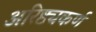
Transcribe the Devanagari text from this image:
अरिष्ठ्यकर्ण